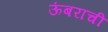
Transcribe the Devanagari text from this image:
ऊंबराची